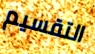
التقسيم